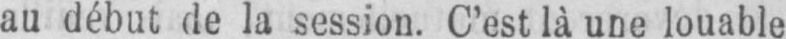
au début de la session. C’est là une louable